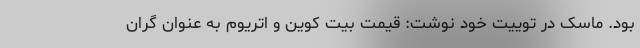
بود. ماسک در توییت خود نوشت: قیمت بیت کوین و اتریوم به عنوان گران